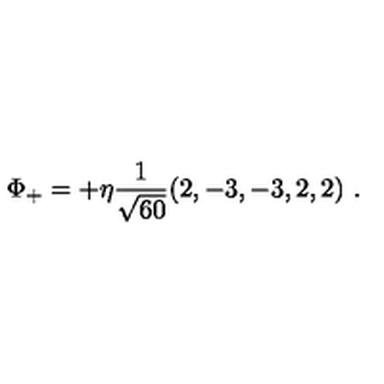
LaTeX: \Phi _ { + } = + \eta { \frac { 1 } { \sqrt { 6 0 } } } ( 2 , - 3 , - 3 , 2 , 2 ) \ .